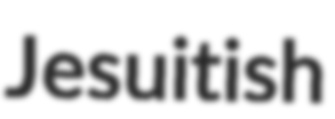
Jesuitish